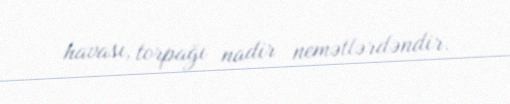
havası, torpağı nadir nemətlərdəndir.